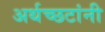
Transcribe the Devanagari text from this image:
अर्थच्‍छटांनी